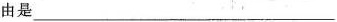
由是___